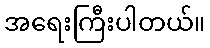
အရေးကြီးပါတယ်။